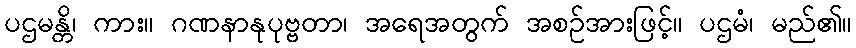
ပဌမန္တိ၊ ကား။ ဂဏနာနုပုဗ္ဗတာ၊ အရေအတွက် အစဉ်အားဖြင့်။ ပဌမံ၊ မည်၏။